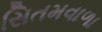
સિતમવાળા